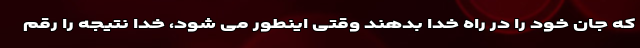
که جان خود را در راه خدا بدهند وقتی اینطور می شود، خدا نتیجه را رقم